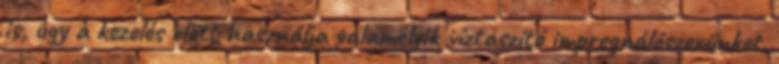
is, úgy a kezelés előtt használja valamelyik víztaszító impregnálószerünket,